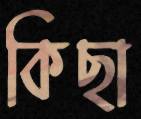
কিছা